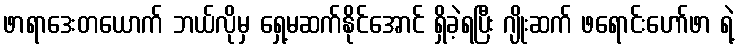
ဖာရာဒေးတယောက် ဘယ်လိုမှ ရှေ့မဆက်နိုင်အောင် ရှိခဲ့ရပြီး ဂျိုးဆက် ဖရောင်းဟော်ဖာ ရဲ့